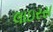
લાઇરસ